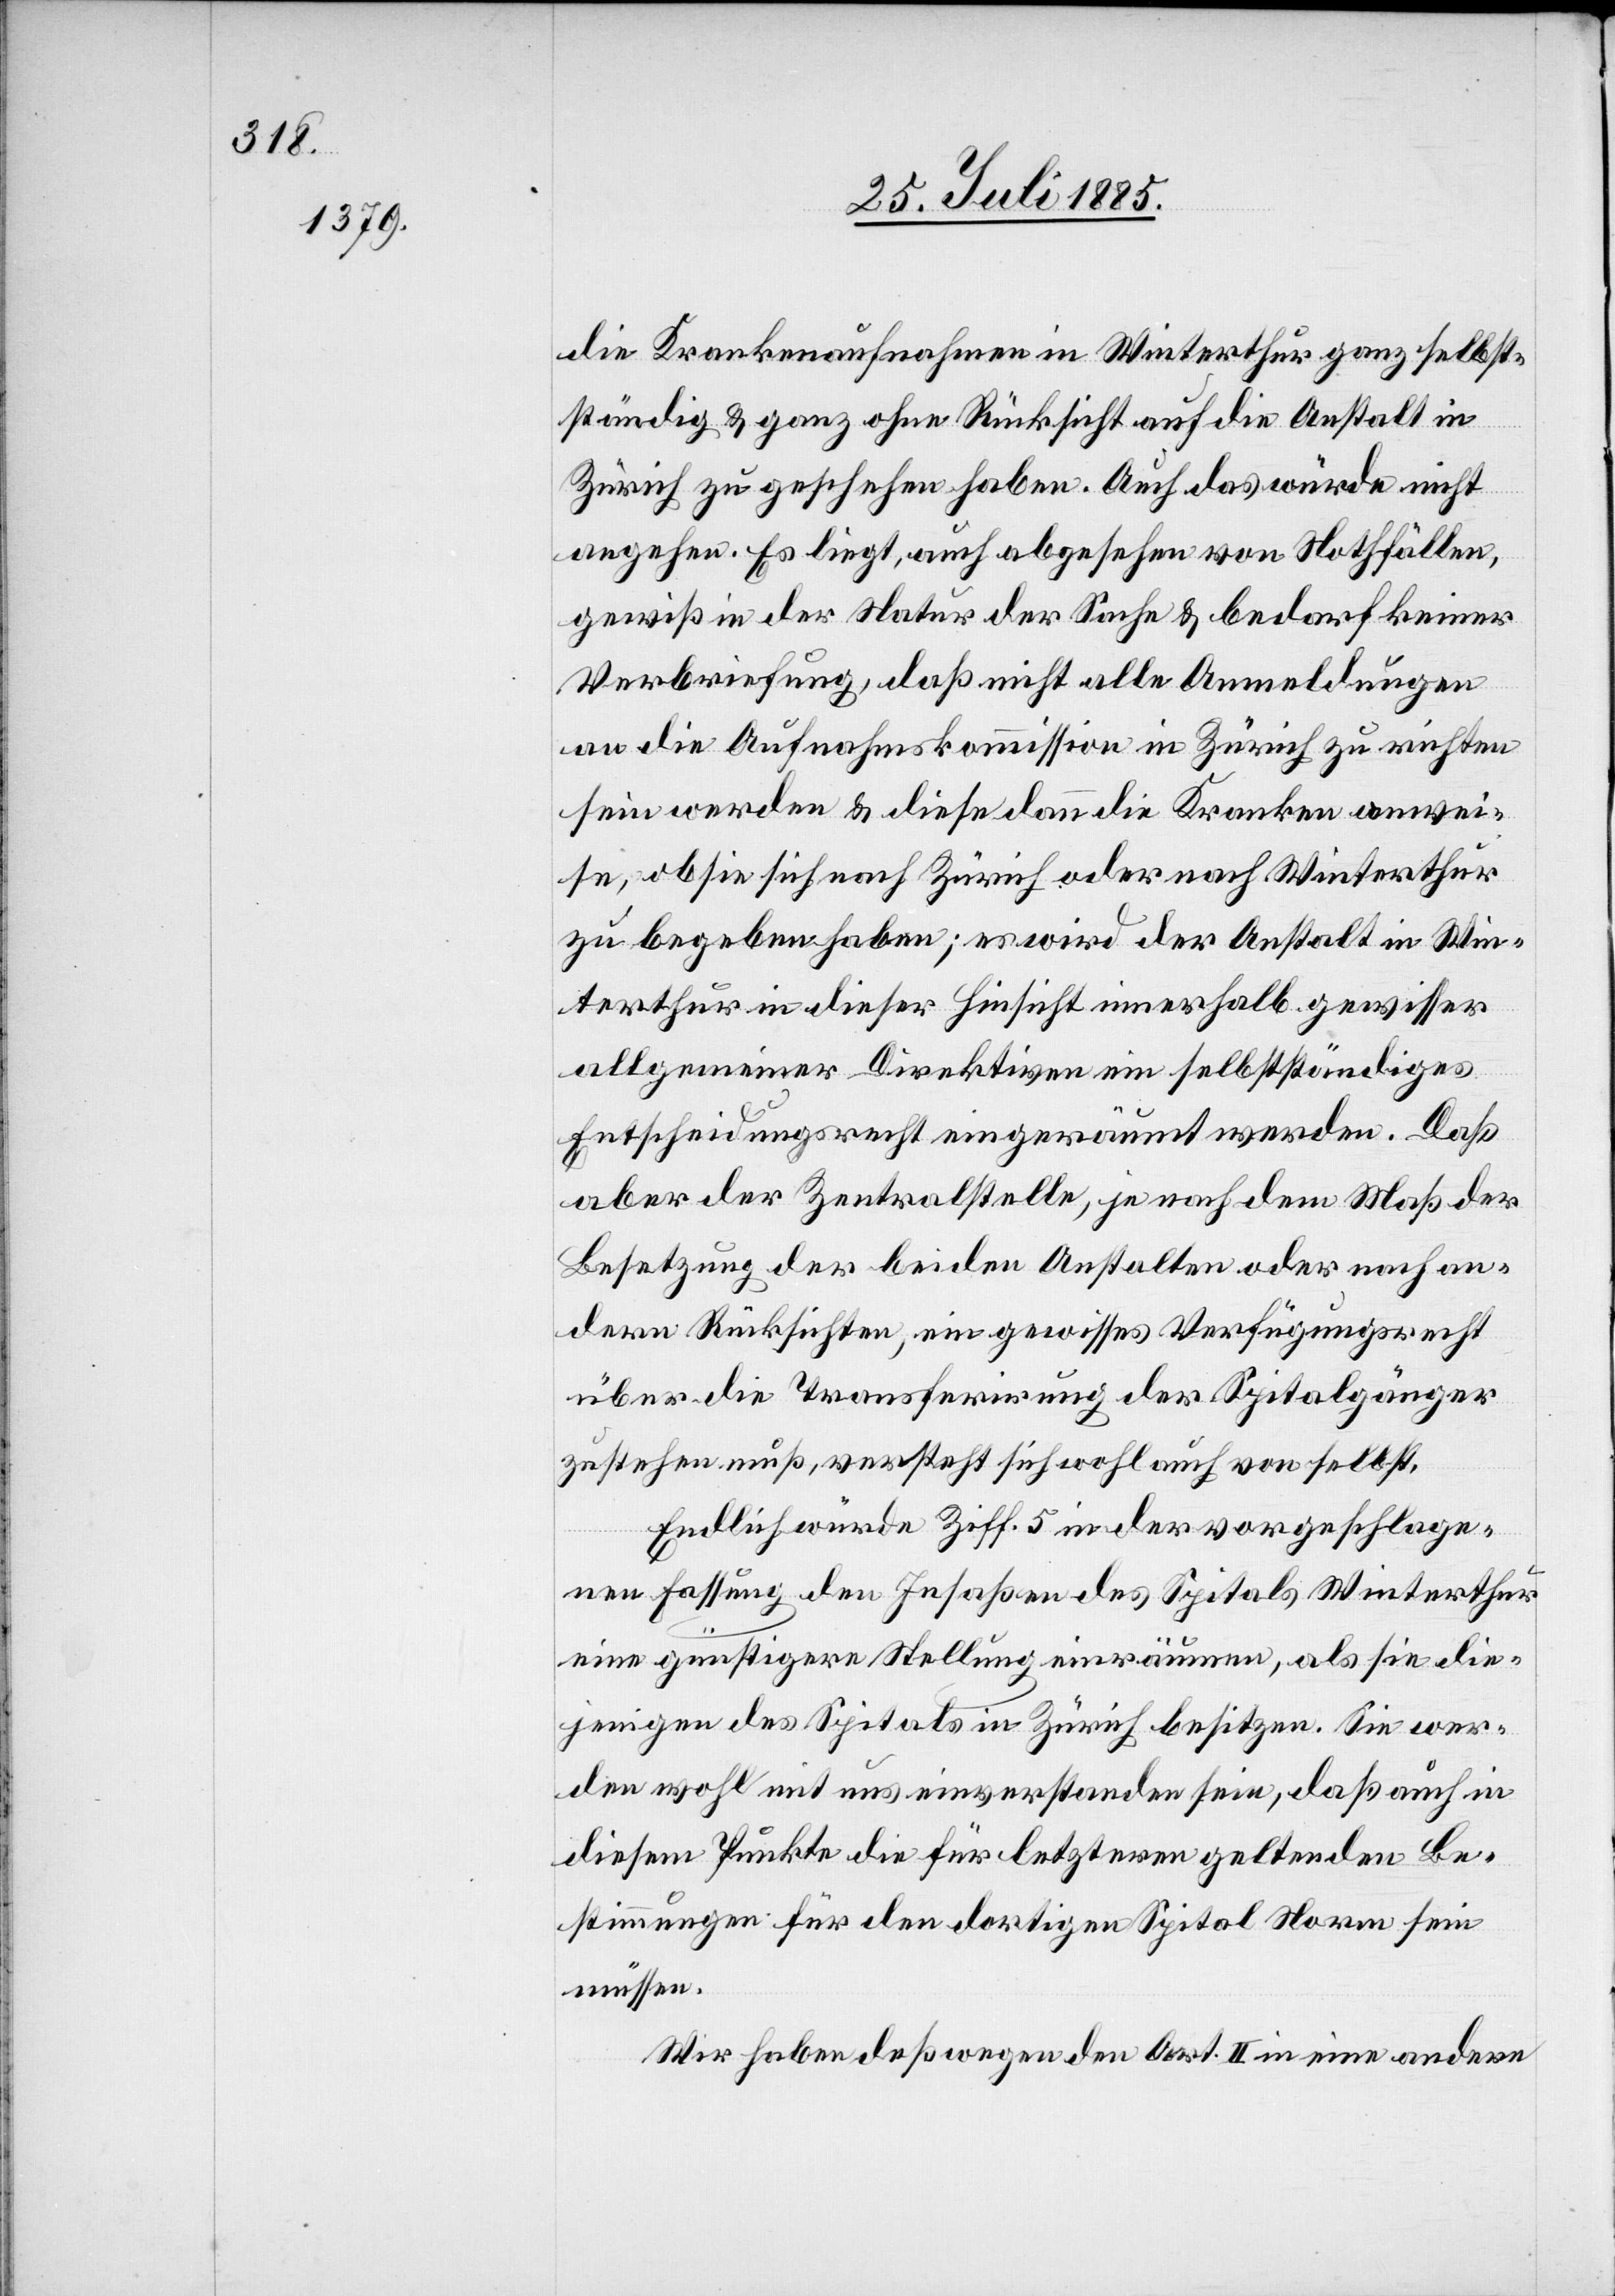
die Krankenaufnahme in Winterthur ganz selbst¬
ständig & ganz ohne Rücksicht auf die Anstalt in
Zürich zu geschehen habe. Auch das würde nicht
angehen. Es liegt, auch abgesehen von Nothfällen,
gewiß in der Natur der Sache & bedarf keiner
Verbriefung, daß nicht alle Anmeldungen
an die Aufnahmskommission in Zürich zu richten
sein werden & diese dann die Kranken anwei¬
se, ob sie sich nach Zürich oder nach Winterthur
zu begeben haben; es wird der Anstalt in Win¬
terthur in dieser Hinsicht innerhalb gewisser
allgemeiner Direktiven ein selbstständiges
Entscheidungsrecht eingeräumt werde. Daß
aber der Zentralstelle, je nach dem Maß der
Besetzung der beiden Anstalten oder nach an¬
dern Rücksichten, ein gewisses Verfügungsrecht
über die Transferirung der Spitalgänger
zustehen muß, versteht sich wohl auch von selbst.
Endlich würde Ziff. 5 in der vorgeschlage¬
nen Fassung den Insaßen des Spitals Winterthur
eine günstigere Stellung einräumen, als sie die¬
jenigen des Spitals in Zürich besitzen. Sie wer¬
den wohl mit uns einverstanden sein, daß auch in
diesem Punkte die für letztere geltenden Be¬
stimmungen für den dortigen Spital Norm sein
müssen.
Wir haben deßwegen den Art. II in eine andere